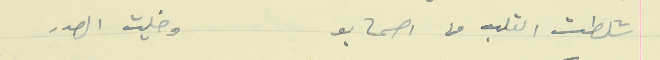
شلطت القلب من اصحابو                                  وخليت الصدر